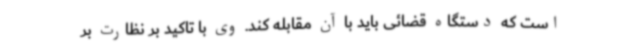
است که دستگاه قضائی باید با آن مقابله کند. وی با تاکید بر نظارت بر